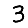
Digit: 3